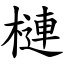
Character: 槤